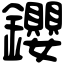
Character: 𨰃